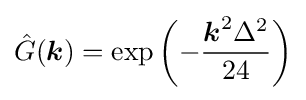
{\hat {G}}({\boldsymbol {k}})=\exp {\left(-{\frac {{\boldsymbol {k}}^{2}\Delta ^{2}}{24}}\right)}